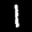
Label: 1